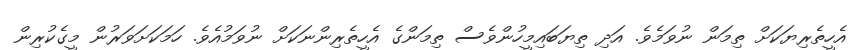
އެހީތެރިޔަކަށް ތިމަން ނުވަމެވެ. އަދި ތިޔަބައިމީހުންވެސް ތިމަންގެ އެހީތެރިންނަކަށް ނުވަމުއެވެ. ހަމަކަށަވަރުން މީގެކުރިން